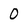
Character: 0